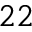
^ { 2 2 }